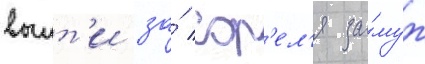
выит'и за́ сор'ел'я за́муж